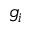
g _ { i }